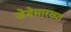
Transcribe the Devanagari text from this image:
जेबेसारख्या